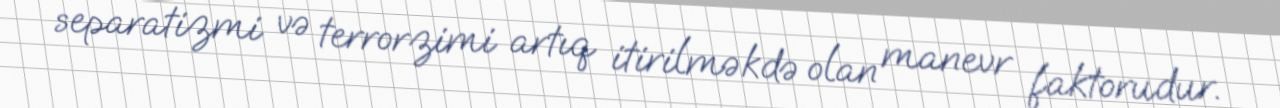
separatizmi və terrorzimi artıq itirilməkdə olan manevr faktorudur.